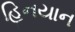
હિનયાન